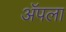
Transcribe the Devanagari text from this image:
अॅपला